Civil Veterinary Dept. Bombay admin report 1914-1922 - 1914-1922
Year: 1914
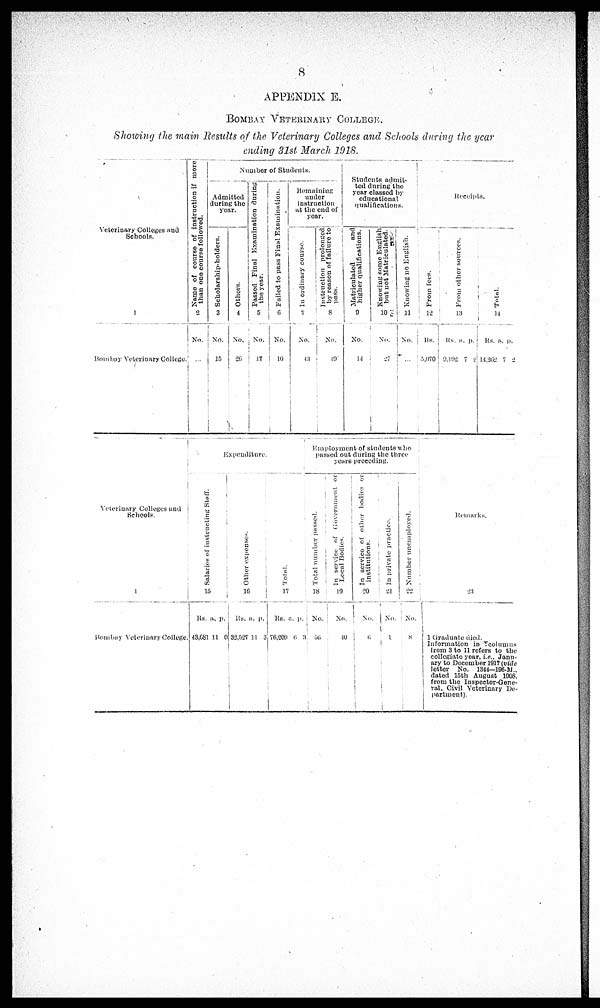
8
APPENDIX E.
BOMBAY VETERINARY COLLEGE.
Showing the main Results of the Veterinary Colleges and Schools during the year
ending 31st March 1918.
Veterinary Colleges and
Schools.
1
Bombay Veterinary College.
Name of course of instruction if more
than one course followed.
2
No.
...
Number of Students.
Admitted
during the
year.
Scholarship-holders.
3
No.
15
Others.
4
No.
26
Passed Final Examination during
the year.
5
No.
17
Failed to pass Final Examination.
6
No.
10
Remaining
under
instruction
at the end of
year.
In ordinary course.
7
No.
43
Instruction prolonged
by reason of failure to
pass.
8
No.
49
Students admit-
ted during the
year classed by
educational
qualifications.
Matriculated
and
higher qualifications.
9
No.
14
Knowing some English
but not Matriculated.
10
No.
27
Knowing no English.
11
No.
...
Receipts.
From fees.
12
Rs.
5,070
Fr om other sources.
13
Rs.
9,192
a.
7
p.
2
Total.
14
Rs.
14,262
a.
7
p.
2
Veterinary Colleges and
Schools.
Bombay
Veterinary College.
Expenditure.
Salaries of instructing Staff.
15
Rs.
43,681
a.
11
p.
0
Other expenses.
16
Rs.
32,527
a.
11
p.
3
Total.
17
Rs.
76,209
a.
6
p.
3
Employment of students who
passed out during the three
years preceding.
Total number passed.
18
No.
56
In service of Government or
Local Bodies.
19
No.
40
In service of other bodies or
institutions.
20
No.
6
In private practice.
21
No.
1
Number unemployed.
22
No.
8
Remarks.
23
1 Graduate died.
Information in Ecolumus
From 3 to 11 refers to the
collegiate year, i.e., Janu-
ary to December 1917 (vide
letter No. 1344—196-M.
dated 15th August 1908,
from the Inspector-Gene-
ral, Civil Veterinary De-
partment).